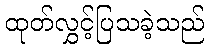
ထုတ်လွှင့်ပြသခဲ့သည်